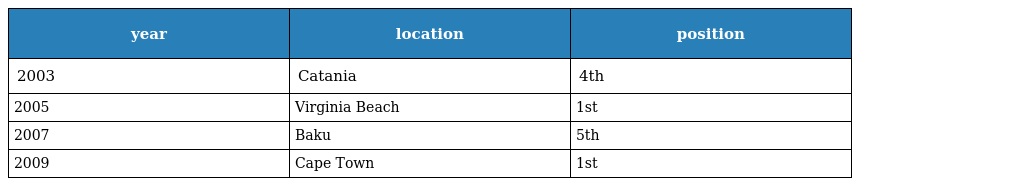
| year | location | position |
 | --- | --- | --- |
 | 2003 | Catania | 4th |
 | 2005 | Virginia Beach | 1st |
 | 2007 | Baku | 5th |
 | 2009 | Cape Town | 1st |